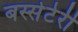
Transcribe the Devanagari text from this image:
बस्सेटेर्री